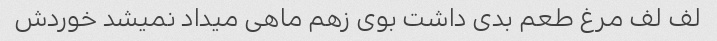
لف لف مرغ طعم بدی داشت بوی زهم ماهی میداد نمیشد خوردش